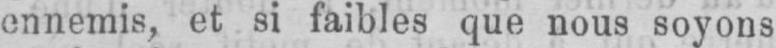
ennemis, et si faibles que nous soyons